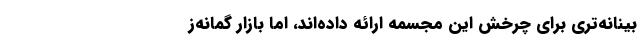
‌بینانه‌تری برای چرخش این مجسمه ارائه داده‌اند، اما بازار گمانه‌ز